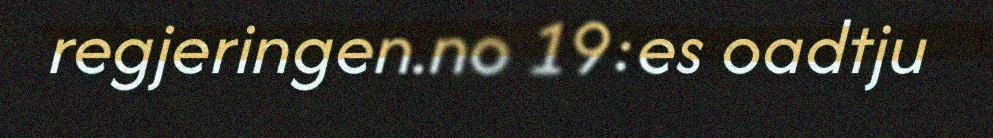
regjeringen.no 19:es oadtju